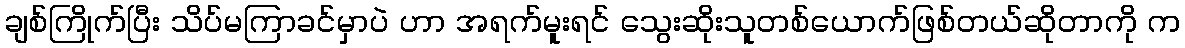
ချစ်ကြိုက်ပြီး သိပ်မကြာခင်မှာပဲ ဟာ အရက်မူးရင် သွေးဆိုးသူတစ်ယောက်ဖြစ်တယ်ဆိုတာကို က